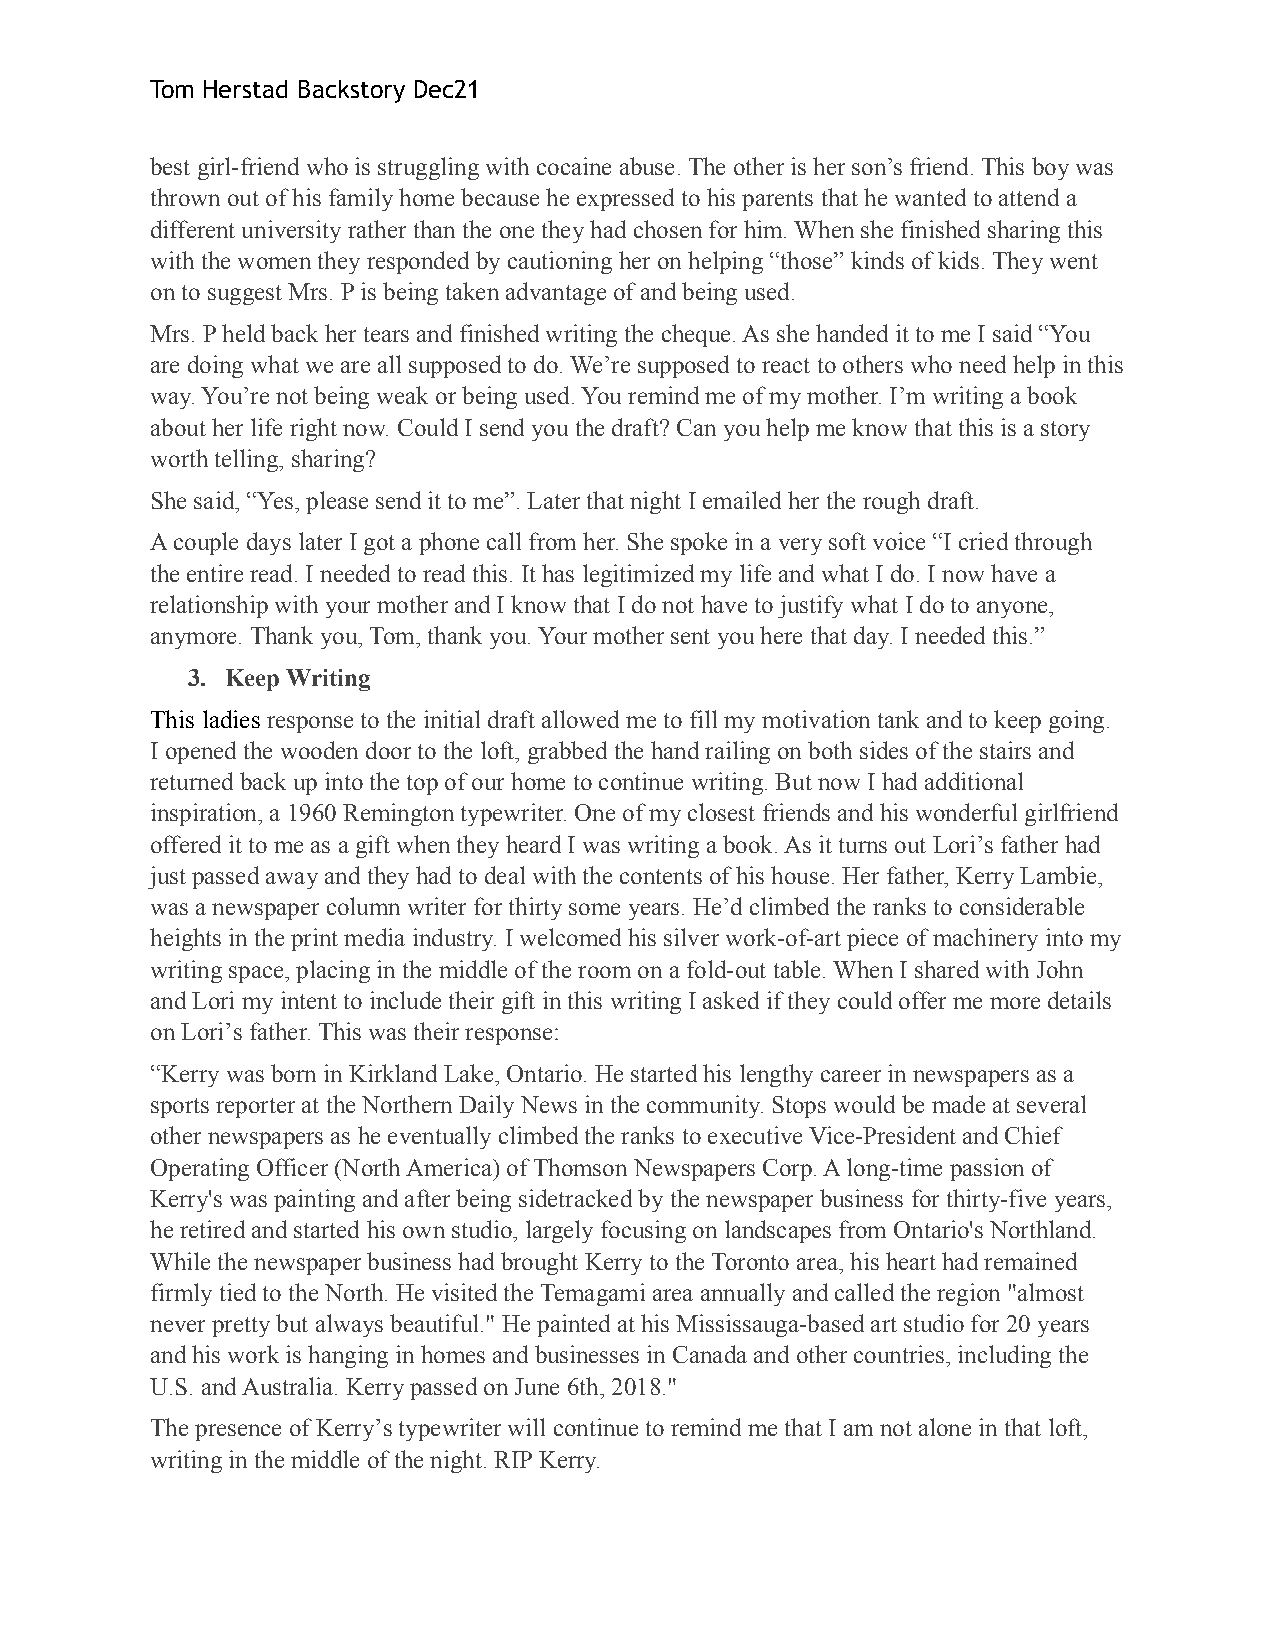
Tom Herstad Backstory Dec21
 best girl-friend who is struggling with cocaine abuse. The other is her son’s friend. This boy was
 thrown out of his family home because he expressed to his parents that he wanted to attend a
 different university rather than the one they had chosen for him. When she finished sharing this
 with the women they responded by cautioning her on helping “those” kinds of kids. They went
 on to suggest Mrs. P is being taken advantage of and being used.
 Mrs. P held back her tears and finished writing the cheque. As she handed it to me I said “You
 are doing what we are all supposed to do. We’re supposed to react to others who need help in this
 way. You’re not being weak or being used. You remind me of my mother. I’m writing a book
 about her life right now. Could I send you the draft? Can you help me know that this is a story
 worth telling, sharing?
 She said, “Yes, please send it to me”. Later that night I emailed her the rough draft.
 A couple days later I got a phone call from her. She spoke in a very soft voice “I cried through
 the entire read. I needed to read this. It has legitimized my life and what I do. I now have a
 relationship with your mother and I know that I do not have to justify what I do to anyone,
 anymore. Thank you, Tom, thank you. Your mother sent you here that day. I needed this.”
 3. Keep Writing
 This ladies response to the initial draft allowed me to fill my motivation tank and to keep going.
 I opened the wooden door to the loft, grabbed the hand railing on both sides of the stairs and
 returned back up into the top of our home to continue writing. But now I had additional
 inspiration, a 1960 Remington typewriter. One of my closest friends and his wonderful girlfriend
 offered it to me as a gift when they heard I was writing a book. As it turns out Loriʼs father had
 just passed away and they had to deal with the contents of his house. Her father, Kerry Lambie,
 was a newspaper column writer for thirty some years. He’d climbed the ranks to considerable
 heights in the print media industry. I welcomed his silver work-of-art piece of machinery into my
 writing space, placing in the middle of the room on a fold-out table. When I shared with John
 and Lori my intent to include their gift in this writing I asked if they could offer me more details
 on Loriʼs father. This was their response:
 “Kerry was born in Kirkland Lake, Ontario. He started his lengthy career in newspapers as a
 sports reporter at the Northern Daily News in the community. Stops would be made at several
 other newspapers as he eventually climbed the ranks to executive Vice-President and Chief
 Operating Officer (North America) of Thomson Newspapers Corp. A long-time passion of
 Kerry's was painting and after being sidetracked by the newspaper business for thirty-five years,
 he retired and started his own studio, largely focusing on landscapes from Ontario's Northland.
 While the newspaper business had brought Kerry to the Toronto area, his heart had remained
 firmly tied to the North. He visited the Temagami area annually and called the region "almost
 never pretty but always beautiful." He painted at his Mississauga-based art studio for 20 years
 and his work is hanging in homes and businesses in Canada and other countries, including the
 U.S. and Australia. Kerry passed on June 6th, 2018."
 The presence of Kerryʼs typewriter will continue to remind me that I am not alone in that loft,
 writing in the middle of the night. RIP Kerry.